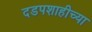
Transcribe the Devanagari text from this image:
दडपशाहीच्या